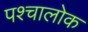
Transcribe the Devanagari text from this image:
पश्चालोक